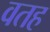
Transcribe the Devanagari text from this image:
वतह